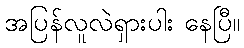
အပြန်လူလဲရှားပါး နေပြီ။